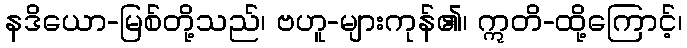
နဒိယော-မြစ်တို့သည်၊ ဗဟူ-များကုန်၏၊ ဣတိ-ထို့ကြောင့်၊